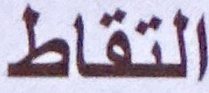
التقاط